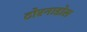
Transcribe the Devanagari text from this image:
टोरनाडोस